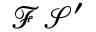
\mathcal { F S ^ { \prime } }